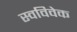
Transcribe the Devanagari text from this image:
स्‍वविवेक